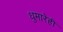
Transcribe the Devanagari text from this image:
धुमारेही